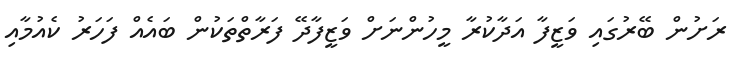
ރަށުން ބޭރުގައި ވަޒީފާ އަދާކުރާ މީހުންނަށް ވަޒީފާދޭ ފަރާތްތަކުން ބައެއް ފަހަރު ކެއުމާއި